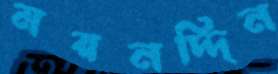
ময়নদ্দিন